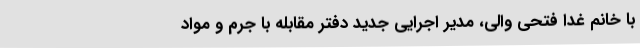
با خانم غدا فتحی والی، مدیر اجرایی جدید دفتر مقابله با جرم و مواد